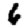
Digit: 6